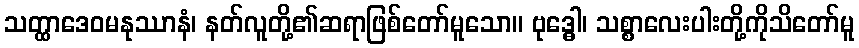
သတ္ထာဒေဝမနုဿာနံ၊ နတ်လူတို့၏ဆရာဖြစ်တော်မူသော။ ဗုဒ္ဓေါ၊ သစ္စာလေးပါးတို့ကိုသိတော်မူ